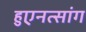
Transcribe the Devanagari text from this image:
हुएनत्सांग